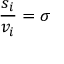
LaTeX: { \frac { s _ { i } } { v _ { i } } } = \sigma